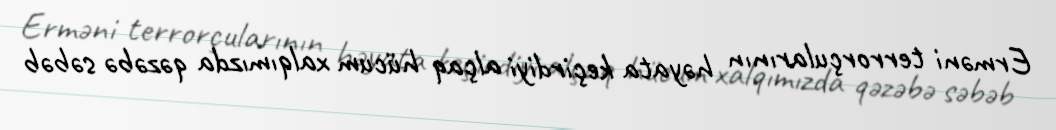
Erməni terrorçularının həyata keçirdiyi alçaq hücum xalqımızda qəzəbə səbəb